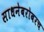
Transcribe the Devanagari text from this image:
साधनेबरोबरच